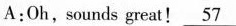
A:Oh,sounds great! \underline{57}